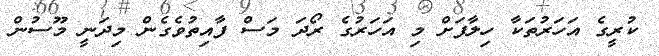
ކުރީގެ އަހަރުތަކާ ހިލާފަށް މި އަހަރުގެ ރޯދަ މަސް ފާއިތުވެގެން މިދަނީ މޫސުން